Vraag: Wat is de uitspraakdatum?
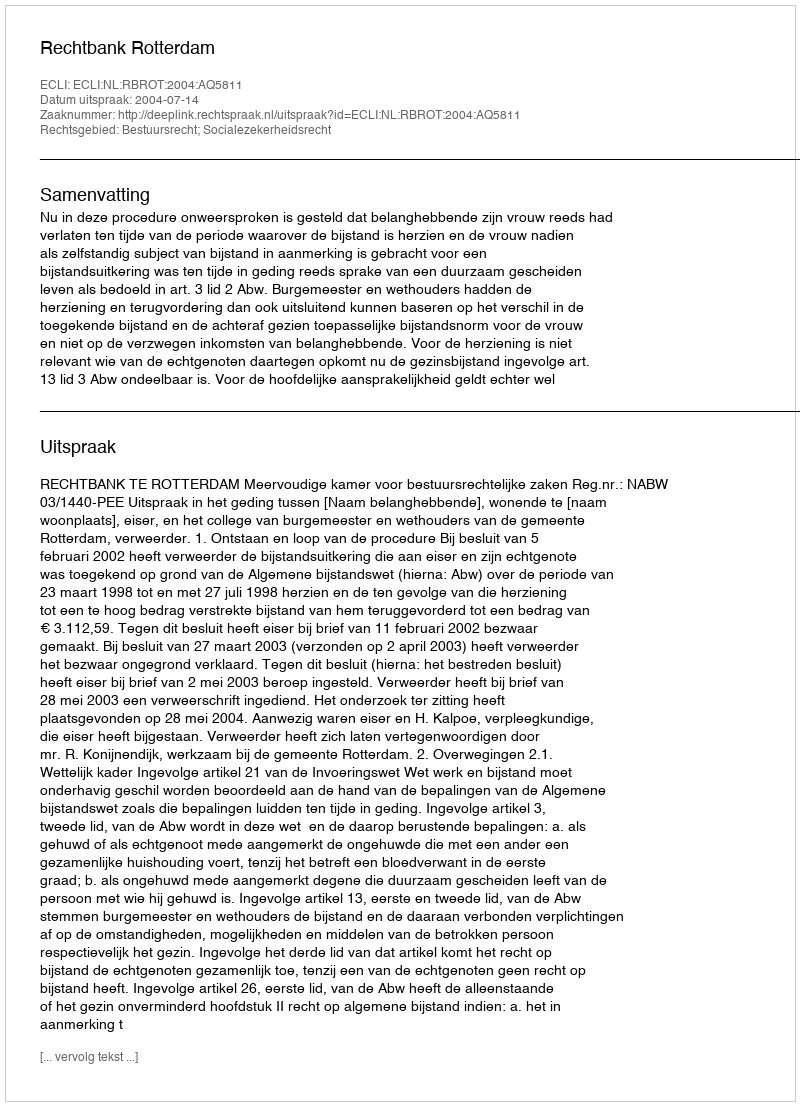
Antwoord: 2004-07-14